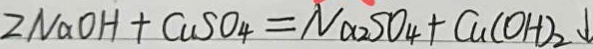
2 N a O H + C u S O _ { 4 } = N a _ { 2 } S O _ { 4 } + C u ( O H ) _ { 2 } \downarrow